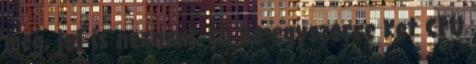
meg, jol is neznenk ki, ha egyszerre ket CPU